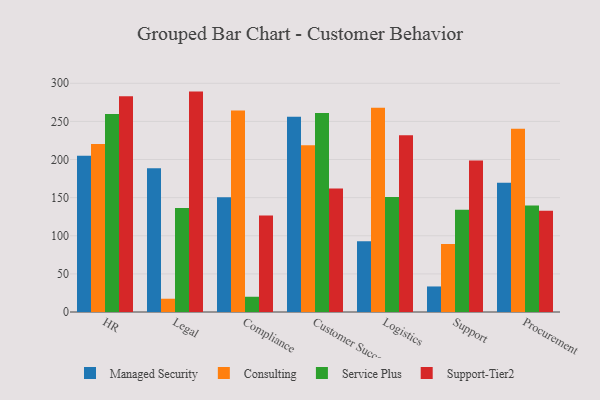
{"axis": {"x": "Department", "y": "Revenue (USD Million)"}, "legend": ["Consulting", "Managed Security", "Service Plus", "Support-Tier2"], "data": [{"x": "HR", "y": 205.0, "type": "Managed Security"}, {"x": "HR", "y": 220.3, "type": "Consulting"}, {"x": "HR", "y": 259.8, "type": "Service Plus"}, {"x": "HR", "y": 283.1, "type": "Support-Tier2"}, {"x": "Legal", "y": 188.4, "type": "Managed Security"}, {"x": "Legal", "y": 17.4, "type": "Consulting"}, {"x": "Legal", "y": 136.5, "type": "Service Plus"}, {"x": "Legal", "y": 289.1, "type": "Support-Tier2"}, {"x": "Compliance", "y": 150.4, "type": "Managed Security"}, {"x": "Compliance", "y": 264.3, "type": "Consulting"}, {"x": "Compliance", "y": 20.0, "type": "Service Plus"}, {"x": "Compliance", "y": 126.6, "type": "Support-Tier2"}, {"x": "Customer Success", "y": 256.2, "type": "Managed Security"}, {"x": "Customer Success", "y": 218.7, "type": "Consulting"}, {"x": "Customer Success", "y": 261.0, "type": "Service Plus"}, {"x": "Customer Success", "y": 162.1, "type": "Support-Tier2"}, {"x": "Logistics", "y": 92.7, "type": "Managed Security"}, {"x": "Logistics", "y": 267.8, "type": "Consulting"}, {"x": "Logistics", "y": 150.8, "type": "Service Plus"}, {"x": "Logistics", "y": 232.0, "type": "Support-Tier2"}, {"x": "Support", "y": 33.5, "type": "Managed Security"}, {"x": "Support", "y": 89.2, "type": "Consulting"}, {"x": "Support", "y": 134.2, "type": "Service Plus"}, {"x": "Support", "y": 198.7, "type": "Support-Tier2"}, {"x": "Procurement", "y": 169.4, "type": "Managed Security"}, {"x": "Procurement", "y": 240.4, "type": "Consulting"}, {"x": "Procurement", "y": 139.7, "type": "Service Plus"}, {"x": "Procurement", "y": 132.7, "type": "Support-Tier2"}]}